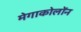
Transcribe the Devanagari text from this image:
मेगाकोलोंन